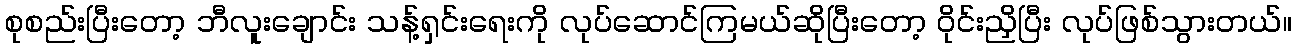
စုစည်းပြီးတော့ ဘီလူးချောင်း သန့်ရှင်းရေးကို လုပ်ဆောင်ကြမယ်ဆိုပြီးတော့ ဝိုင်းညှိပြီး လုပ်ဖြစ်သွားတယ်။